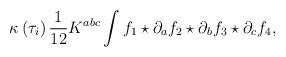
LaTeX: \begin{align*}\kappa \left( \tau _{i}\right) \frac{1}{12}K^{abc}\int f_{1}\star \partial_{a}f_{2}\star \partial _{b}f_{3}\star \partial _{c}f_{4}, \end{align*}